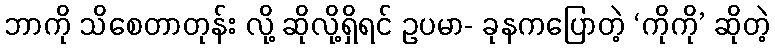
ဘာကို သိစေတာတုန်း လို့ ဆိုလို့ရှိရင် ဥပမာ- ခုနကပြောတဲ့ ‘ကိုကို’ ဆိုတဲ့